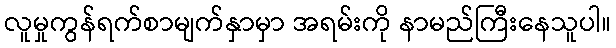
လူမှုကွန်ရက်စာမျက်နှာမှာ အရမ်းကို နာမည်ကြီးနေသူပါ။